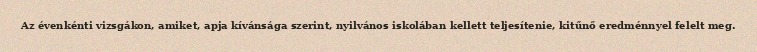
Az évenkénti vizsgákon, amiket, apja kívánsága szerint, nyilvános iskolában kellett teljesítenie, kitűnő eredménnyel felelt meg.